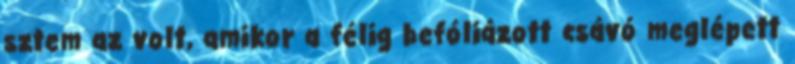
sztem az volt, amikor a félig befóliázott csávó meglépett